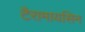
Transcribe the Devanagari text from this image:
टैरामायसिन